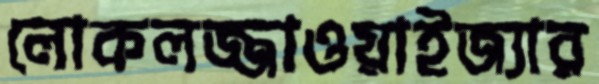
লোকলজ্জাওয়াইজ্যার